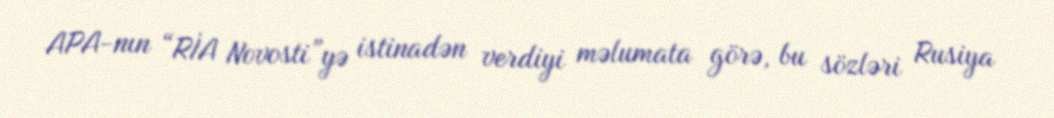
APA-nın “RİA Novosti”yə istinadən verdiyi məlumata görə, bu sözləri Rusiya